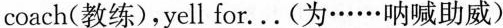
coach(教练)，yell for。。。(为……呐喊助威)